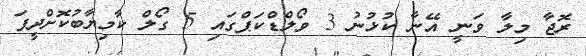
ރޮޖާ މިލާ ވަނީ އޭނާ ކުޅުނު 3 ވޯލްޑްކަޕްގައި 5 ގޯލް ކާމިޔާބުކޮށްދީފަ